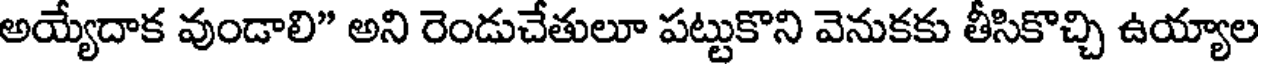
అయ్యేదాక వుండాలి" అని రెండుచేతులూ పట్టుకొని వెనుకకు తీసికొచ్చి ఉయ్యాల